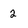
Character: 2